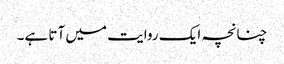
چنانچہ ایک روایت میں آتا ہے۔